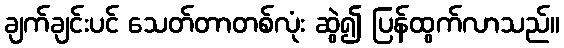
ချက်ချင်းပင် သေတ်တာတစ်လုံး ဆွဲ၍ ပြန်ထွက်လာသည်။